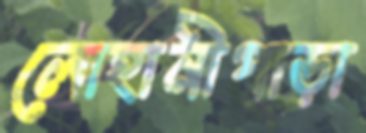
লোহানীপাড়া